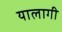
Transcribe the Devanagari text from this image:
यालागी